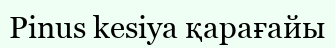
Pinus kesiya қарағайы